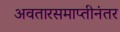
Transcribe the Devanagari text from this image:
अवतारसमाप्तीनंतर